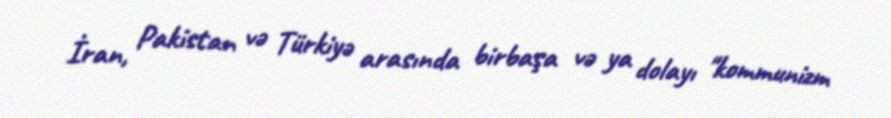
İran, Pakistan və Türkiyə arasında birbaşa və ya dolayı "kommunizm